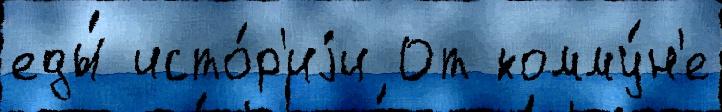
еды́ исто́р'иjи От комму́н'е